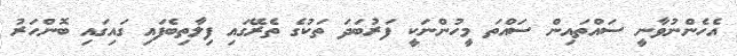
އެހެންނުވާނީ ސައްތައިން ސައްތަ މީހުންނަކީ ފަރުބަދަ ތަކުގެ ތެރޭގައި ފިލާތިބެފައި ގައިގައި ބޮންހަރު